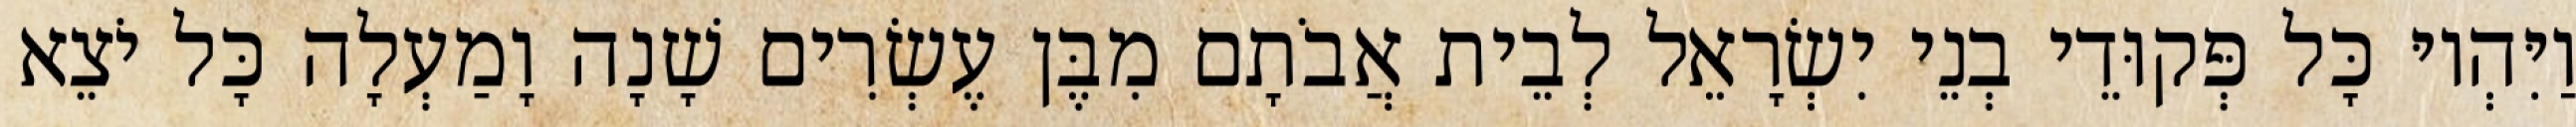
וַיִּהְיוּ כָּל פְּקוּדֵי בְנֵי יִשְׂרָאֵל לְבֵית אֲבֹתָם מִבֶּן עֶשְׂרִים שָׁנָה וָמַעְלָה כָּל יֹצֵא